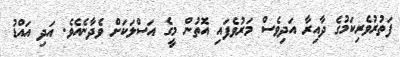
ފަތުރުވެރިކަމުގެ ދާއިރާ އަދިވެސް މަރުވެފައި އޮތުން މީގެ އަސްލަކަށް ވެދާނެއެވެ. އަދި އައްޑު